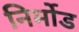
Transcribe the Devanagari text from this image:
निर्मोड